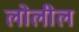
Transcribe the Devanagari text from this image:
लोलील